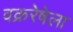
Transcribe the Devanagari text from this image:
वक्ररेषेला